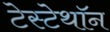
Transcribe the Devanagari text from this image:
टेस्टेथॉन